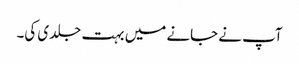
آپ نے جانے میں بہت جلدی کی۔